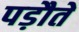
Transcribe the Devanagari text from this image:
पड़ौते